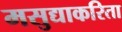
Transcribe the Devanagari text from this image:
मसुद्याकरिता